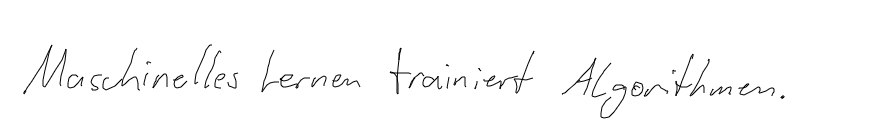
Maschinelles Lernen trainiert Algorithmen.